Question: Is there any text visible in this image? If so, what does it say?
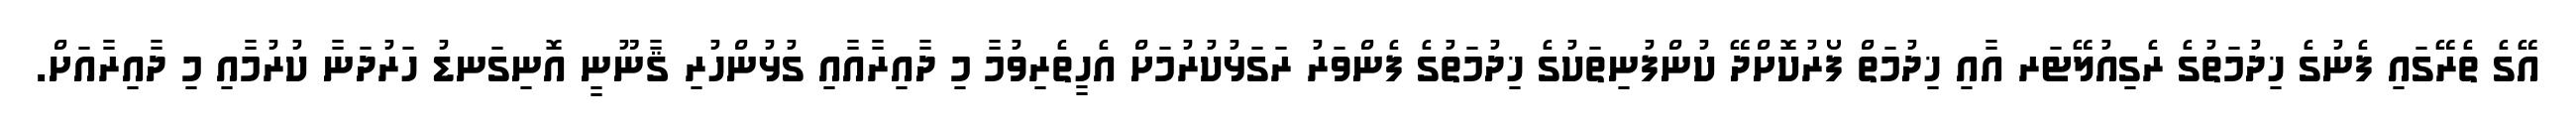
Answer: އޭގެ ތެރޭގައި ފެނުގެ ޚިދުމަތުގެ ރެގިއުލޭޓަރ އާއި ޚިދުމަތް ފޯރުކޮށްދޭ ކުންފުނިތަކުގެ ޚިދުމަތުގެ ފެންވަރު ރަގަޅުކުރުމަށް އެހީތެރިވުމާ މި ދާއިރާއާއި ގުޅުންހުރި ޤާނޫނީ އޮނިގަނޑު ހަރުދަނާ ކުރުމާއި މި ދާއިރާއަށް.